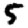
Digit: 5